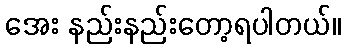
အေး နည်းနည်းတော့ရပါတယ်။